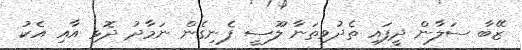
ޒޭބާ ސަލާން ދީފައި ތެދުވިތަނާ ލޫސީ ފެނިގެން ނަމާދު ދޮޅި އާއި އެކު